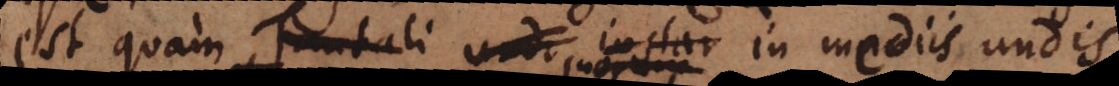
est quam Tantali undi instar in mediis undis